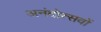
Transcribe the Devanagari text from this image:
अनंदोत्सवों